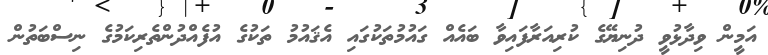
އަމީން ވިދާޅުވީ ދުނިޔޭގެ ކުރިއަރާފައިވާ ބައެއް ގައުމުތަކުގައި އެޤައުމު ތަކުގެ އުފެއްދުންތެރިކަމުގެ ނިސްބަތުން